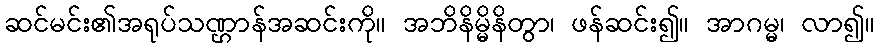
ဆင်မင်း၏အရုပ်သဏ္ဌာန်အဆင်းကို။ အဘိနိမ္မိနိတွာ၊ ဖန်ဆင်း၍။ အာဂမ္မ၊ လာ၍။